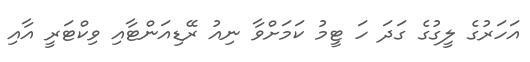
އަހަރުގެ ލީގުގެ ގަދަ ހަ ޓީމު ކަމަށްވާ ނިއު ރޭޑިއަންޓާއި ވިކްޓަރީ އާއި